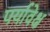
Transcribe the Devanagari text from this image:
पर्यावेक्ष